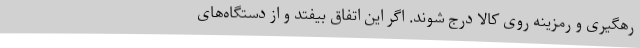
رهگیری و رمزینه روی کالا درج شوند. اگر این اتفاق بیفتد و از دستگاه‌های